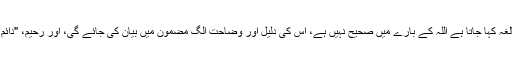
البتہ رحمن کو جو صیغہ مبالغہ کہا جاتا ہے اللہ کے بارے میں صحیح نہیں ہے، اس کی دلیل اور وضاحت الگ مضمون میں بیان کی جائے گی، اور رحیم، "دائم الرحمۃ" کے معنی میں ہے۔